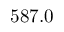
5 8 7 . 0